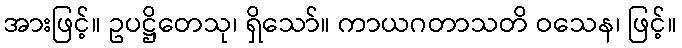
အားဖြင့်။ ဥပဋ္ဌိတေသု၊ ရှိသော်။ ကာယဂတာသတိ ဝသေန၊ ဖြင့်။